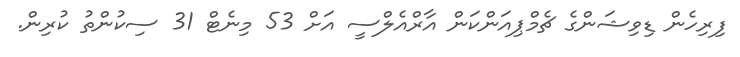
ފިރިހެން ޑިވިޝަންގެ ޗެމްޕިއަންކަން އާރްއެލްސީ އަށް 53 މިނެޓް 31 ސިކުންތު ކުރިން.